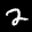
Label: 2